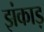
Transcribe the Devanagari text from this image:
झंकाड़